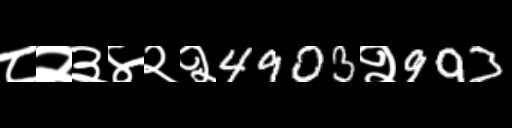
Text: ८२३४२२4903२993